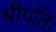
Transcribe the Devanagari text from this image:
श्रीपतिः